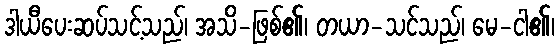
ဒါယီပေးဆပ်သင့်သည်၊ အသိ-ဖြစ်၏၊ တယာ-သင်သည်၊ မေ-ငါ၏၊